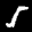
Label: 5